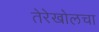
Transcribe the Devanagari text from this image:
तेरेखोलचा